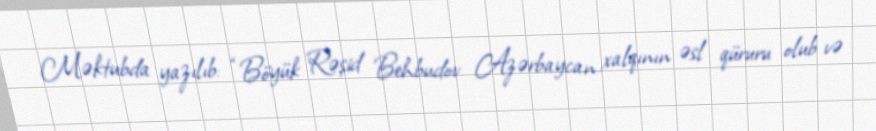
Məktubda yazılıb: “Böyük Rəşid Behbudov Azərbaycan xalqının əsl qüruru olub və